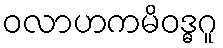
ဝလာဟကမိဝဒ္ဓဂူ